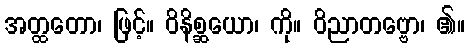
အတ္ထတော၊ ဖြင့်။ ဝိနိစ္ဆယော၊ ကို။ ဝိညာတဗ္ဗော၊ ၏။